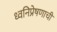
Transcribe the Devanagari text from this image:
ध्वनिप्रेषणाची